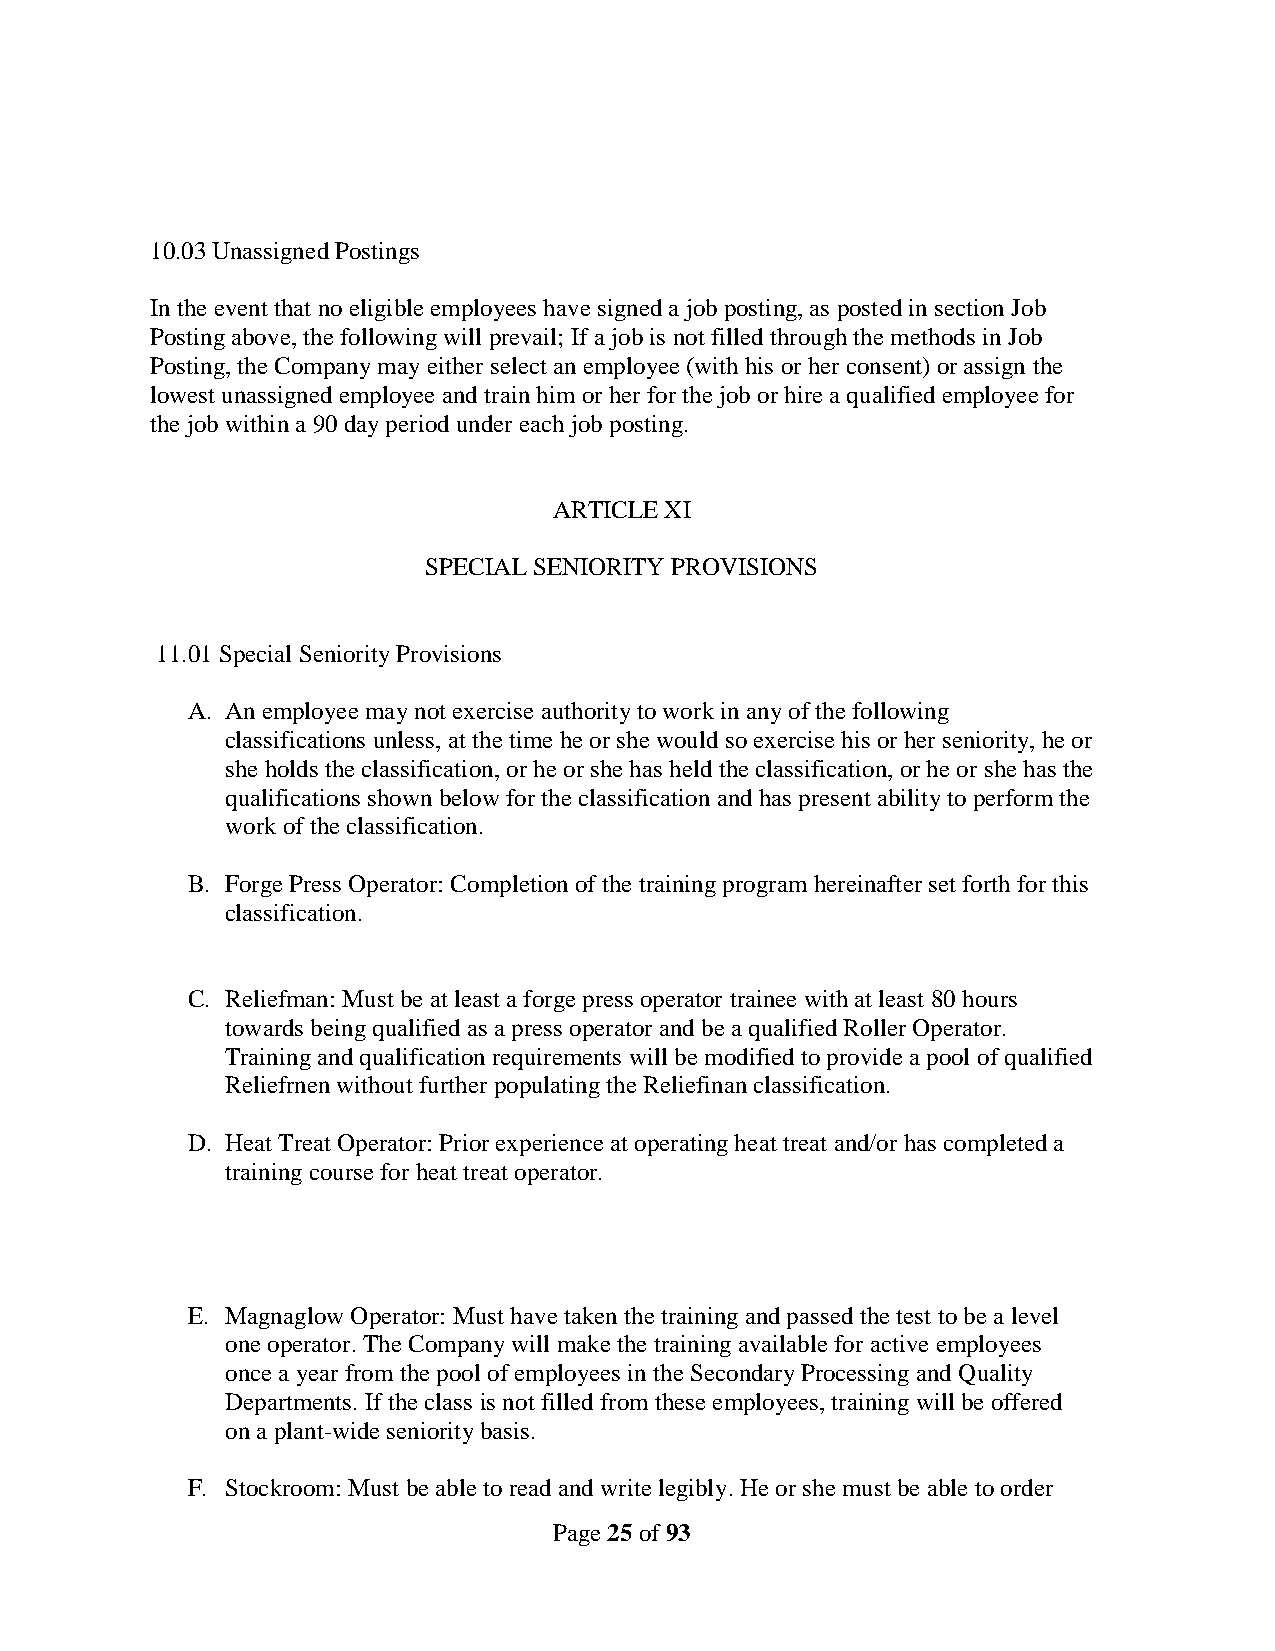
10.03 Unassigned Postings
 In the event that no eligible employees have signed a job posting, as posted in section Job
 Posting above, the following will prevail; If a job is not filled through the methods in Job
 Posting, the Company may either select an employee (with his or her consent) or assign the
 lowest unassigned employee and train him or her for the job or hire a qualified employee for
 the job within a 90 day period under each job posting.
 ARTICLE XI
 SPECIAL SENIORITY PROVISIONS
 11.01 Special Seniority Provisions
 A. An employee may not exercise authority to work in any of the following
 classifications unless, at the time he or she would so exercise his or her seniority, he or
 she holds the classification, or he or she has held the classification, or he or she has the
 qualifications shown below for the classification and has present ability to perform the
 work of the classification.
 B. Forge Press Operator: Completion of the training program hereinafter set forth for this
 classification.
 C. Reliefman: Must be at least a forge press operator trainee with at least 80 hours
 towards being qualified as a press operator and be a qualified Roller Operator.
 Training and qualification requirements will be modified to provide a pool of qualified
 Reliefrnen without further populating the Reliefinan classification.
 D. Heat Treat Operator: Prior experience at operating heat treat and/or has completed a
 training course for heat treat operator.
 E. Magnaglow Operator: Must have taken the training and passed the test to be a level
 one operator. The Company will make the training available for active employees
 once a year from the pool of employees in the Secondary Processing and Quality
 Departments. If the class is not filled from these employees, training will be offered
 on a plant-wide seniority basis.
 F. Stockroom: Must be able to read and write legibly. He or she must be able to order
 Page 25 of 93